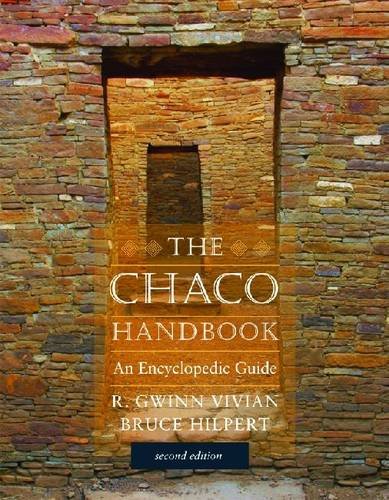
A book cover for Chaco Handbook: An Encyclopedia Guide (Chaco Canyon); R. Gwinn Vivian; Politics & Social Sciences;